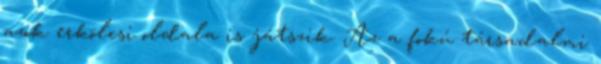
azok erkölcsi oldala is játszik. Az a fokú társadalmi